Newspaper: The National tribune. [volume]
Place of publication: Washington, D.C.
Publisher: G.E. Lemon & Co.
Date: 1890-02-13 00:00:00
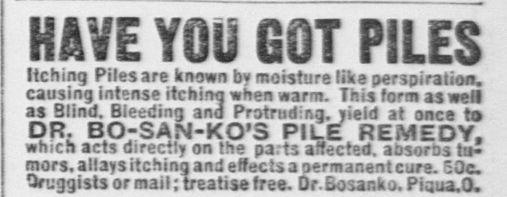
Advertisement text (OCR):
Hching Piles are known by moisture llie perspfralion. causing Intense itching when warm. This form as well as Blind. Bleeding and Protruding, yield at once to DR. BO-SAM-KO'S PILE REMEDY, which acts directly on the parts affected, absorbs tu mors.allaysitchingandeffectsaDermanentcure.EOc Qruggisls or mail; treatise free. Dr.BosaRko.Piaua.0.
Label: text-only